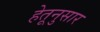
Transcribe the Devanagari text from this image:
हेतूनुसार